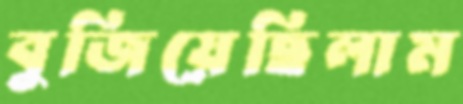
বুজিয়েছিলাম